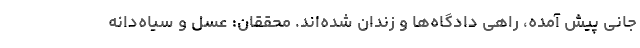
جانی پیش آمده، راهی دادگاه‌ها و زندان شده‌اند. محققان: عسل و سیاه‌دانه